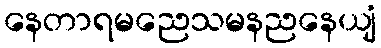
နေတာရမညေသမနညနေယျံ